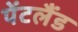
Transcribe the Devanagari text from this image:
पेंटलैंड